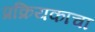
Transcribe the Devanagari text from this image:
प्रक्रियकाचा